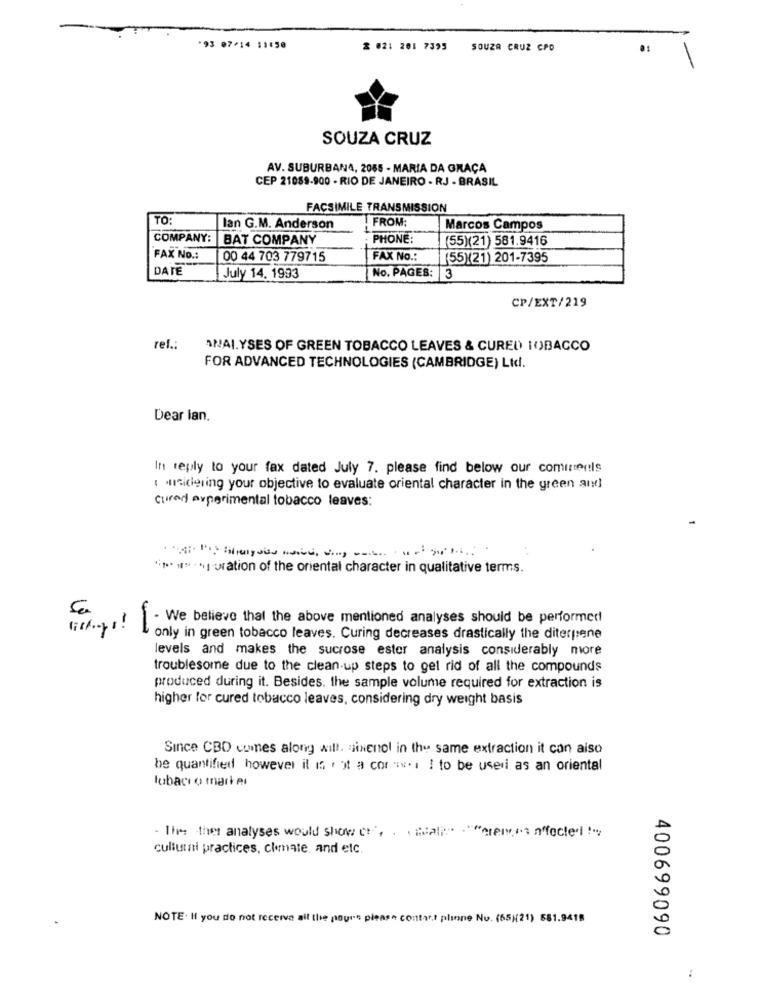
*93 07/14 11:50
2 021 201 7395
SOUZA CRUZ CPD
SOUZA CRUZ
AV. SUBURBANA, 2085 - MARIA DA GRAÇA
CEP 21089-900 - RIO DE JANEIRO - RJ - BRASIL
FACSIMILE TRANSMISSION
TO:
FROM:
lan G.M. Anderson
Marcos Campos
COMPANY:
BAT COMPANY
PHONE:
(55)(21) 581.9416
FAX No .:
00 44 703 779715
FAX No .:
(55)(21) 201-7395
DATE
July 14. 1933
No. PAGES: 3
CP/EXT/219
ref .:
ANALYSES OF GREEN TOBACCO LEAVES & CURED TOBACCO
FOR ADVANCED TECHNOLOGIES (CAMBRIDGE) Ltd.
Dear lan.
In reply to your fax dated July 7. please find below our cominterls
wisidering your objective to evaluate oriental character in the green are]
cured experimental tobacco leaves:
**** **** - uration of the oriental character in qualitative terms.
=! [- we believe that the above mentioned analyses should be performed
only in green tobacco leaves. Curing decreases drastically the diterpene
levels and makes the sucrose ester analysis considerably more
troublesome due to the clean-up steps to get rid of all the compounds
produced during it. Besides. the sample volume required for extraction is
higher for cured tobacco leaves, considering dry weight basis
Since CBD comes along will. sinenol in the same extraction it can also
be quantified however it is not a cor *** i ! to be used as an oriental
lubacı o mari el
The the analyses would show ene chat . ""erpici affected !"
cullumni practices, climate, and etc.
NOTE. If you do not receive all the pages please contact plinne No. (55)(21) 581.9418
400699090